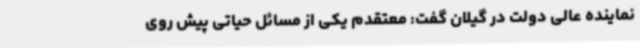
نماینده عالی دولت در گیلان گفت: معتقدم یکی از مسائل حیاتی پیش روی